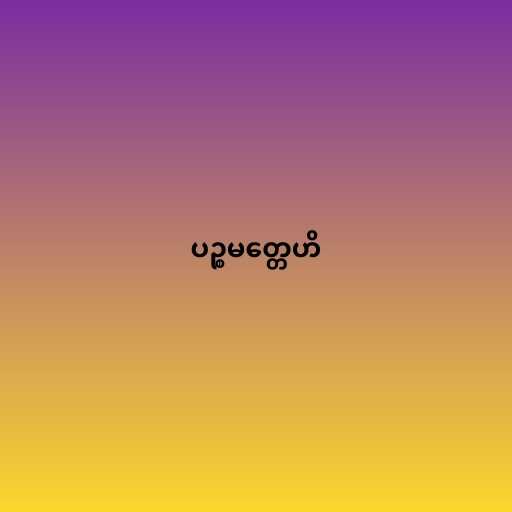
ပဉ္စမတ္တေဟိ